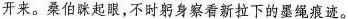
开来。桑伯眯起眼，不时躬身察看新拉下的墨绳痕迹。